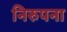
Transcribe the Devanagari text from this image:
निरुपना